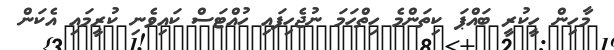
މާހިން ހީކުރީ ބައްޕަ ކިތަންމެ ހިތްހަމަ ނުޖެހިފައި ހުއްޓަސް ކައިވެނި ކުރީމައި އެކަން